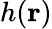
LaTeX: h(\mathbf{r})